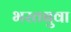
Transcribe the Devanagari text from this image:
भरतबुवा